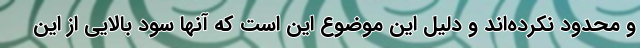
و محدود نکرده‌اند و دلیل این موضوع این است که آنها سود بالایی از این